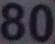
80